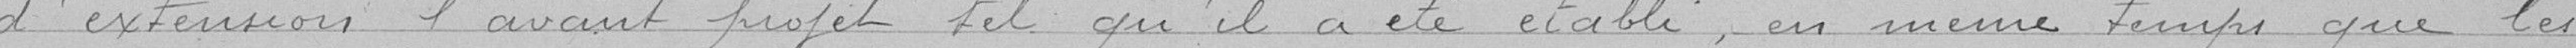
d'extension l'avant projet tel qu'il a été établi, en même temps que les